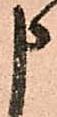
申